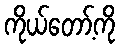
ကိုယ်တော့်ကို